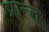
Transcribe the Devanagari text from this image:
प्रान्त्